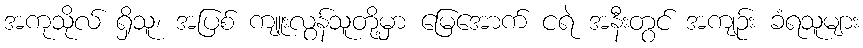
အကုသိုလ် ရှိသူ၊ အပြစ် ကျူးလွန်သူတို့မှာ မြေအောက် ငရဲ အနီးတွင် အကျဉ်း ခံရသူများ